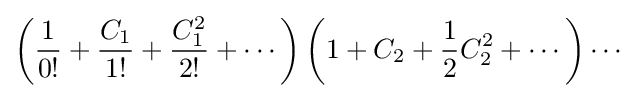
\left({\frac {1}{0!}}+{\frac {C_{1}}{1!}}+{\frac {C_{1}^{2}}{2!}}+\cdots \right)\left(1+C_{2}+{\frac {1}{2}}C_{2}^{2}+\cdots \right)\cdots